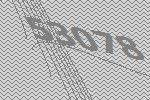
53078